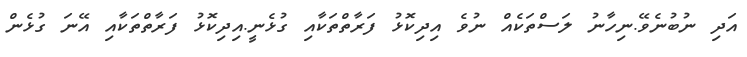
އަދި ނުބުނެވޭ.ނިހާނު ލަސްތަކެއް ނުވެ އިދިކޮޅު ފަރާތްތަކާއި ގުޅެނީ.އިދިކޮޅު ފަރާތްތަކާއި އޭނަ ގުޅެން